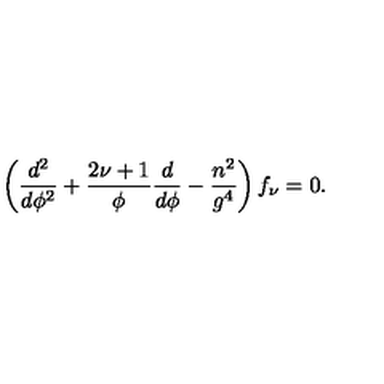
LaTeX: \left( \frac { d ^ { 2 } } { d \phi ^ { 2 } } + \frac { 2 \nu + 1 } { \phi } \frac { d } { d \phi } - \frac { n ^ { 2 } } { g ^ { 4 } } \right) f _ { \nu } = 0 .